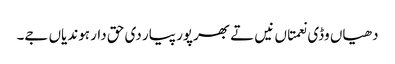
دھیاں وڈی نعمتاں نیں تے بھرپور پیار دی حق دار ہوندیاں جے۔